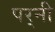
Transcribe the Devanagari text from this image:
पर्‍नी